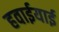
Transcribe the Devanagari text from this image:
हवाईयाई